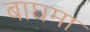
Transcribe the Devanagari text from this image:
बाघमा